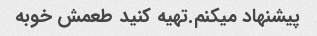
پیشنهاد میکنم.تهیه کنید طعمش خوبه